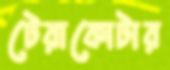
টেরাকোটার